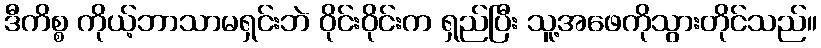
ဒီကိစ္စ ကိုယ့်ဘာသာမရှင်းဘဲ ဝိုင်းဝိုင်းက ရှည်ပြီး သူ့အဖေကိုသွားတိုင်သည်။